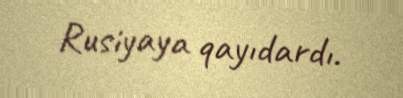
Rusiyaya qayıdardı.